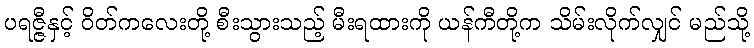
ပရဇ္ဇီနှင့် ဝိတ်ကလေးတို့ စီးသွားသည့် မီးရထားကို ယန်ကီတို့က သိမ်းလိုက်လျှင် မည်သို့